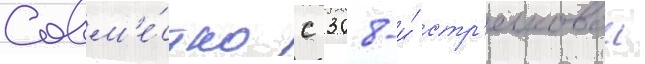
Совм'е́стно с 308-и́ стр'елковои